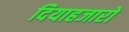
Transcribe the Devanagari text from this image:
दियाहजारो